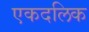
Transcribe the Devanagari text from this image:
एकदलिक